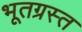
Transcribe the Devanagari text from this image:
भूतग्रस्त